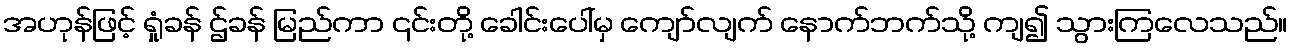
အဟုန်ဖြင့် ရှုံခန် ဌ်ခန် မြည်ကာ ၎င်းတို့ ခေါင်းပေါ်မှ ကျော်လျက် နောက်ဘက်သို့ ကျ၍ သွားကြလေသည်။